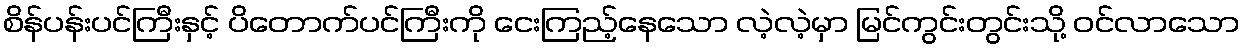
စိန်ပန်းပင်ကြီးနှင့် ပိတောက်ပင်ကြီးကို ငေးကြည့်နေသော လဲ့လဲ့မှာ မြင်ကွင်းတွင်းသို့ ဝင်လာသော